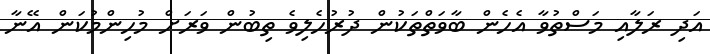
އަދި ރަލާއި މަސްތުވާ އެހެން ބާވަތްތަކުން ދުރުހެލިވެ ތިބުން ވަރަށް މުހިންމުކަން އޭނާ